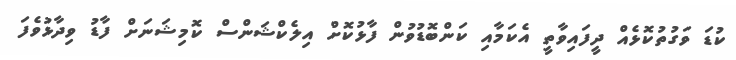
ކުޑަ ވަގުތުކޮޅެއް ދީފައިވާތީ އެކަމާއި ކަންބޮޑުވުން ފާޅުކޮށް އިލެކްޝަންސް ކޮމިޝަނަށް ފާޑު ވިދާޅުވެފަ